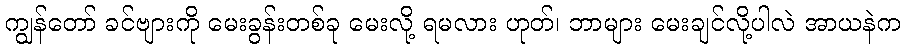
ကျွန်တော် ခင်ဗျားကို မေးခွန်းတစ်ခု မေးလို့ ရမလား ဟုတ်၊ ဘာများ မေးချင်လို့ပါလဲ အာယနဲက